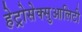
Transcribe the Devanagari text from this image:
हेट्रोसेक्सुआलिटी